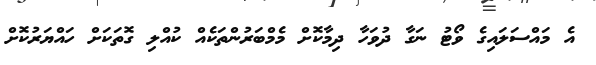
އެ މައްސަލައިގެ ވޯޓު ނަގާ ދުވަހާ ދިމާކޮށް މެމްބަރުންތަކެއް ކުއްލި ގޮތަކަށް ހައްޔަރުކޮށް